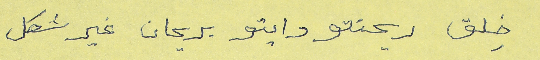
خِلق ريحنتو دايتو بريحان غير شكل